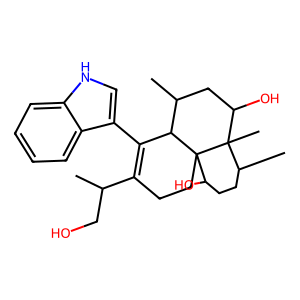
SMILES: CC(CO)C1=C(c2c[nH]c3ccccc23)C2C(C)CC(O)C3(C)C(C)CCC(O)C23CC1
Inhibits HIV replication: No